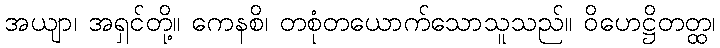
အယျာ၊ အရှင်တို့။ ကေနစိ၊ တစုံတယောက်သောသူသည်။ ဝိဟေဋ္ဌိတတ္ထ၊